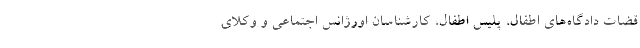
قضات دادگاه‌های اطفال، پلیس‌ اطفال، کارشناسان اورژانس اجتماعی و وکلای